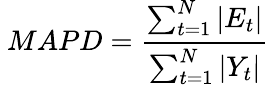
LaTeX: \ MAPD={\frac{\sum_{t=1}^{N}|E_{t}|}{\sum_{t=1}^{N}|Y_{t}|}}